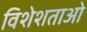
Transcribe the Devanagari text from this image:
विशेशताओ